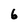
Character: 6